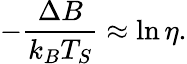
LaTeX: -\frac{\Delta B}{k_{B}T_{S}}\approx\ln\eta.